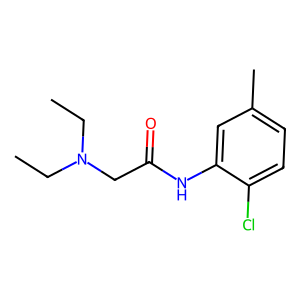
SMILES: CCN(CC)CC(=O)Nc1cc(C)ccc1Cl
Inhibits HIV replication: No